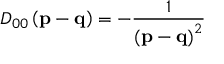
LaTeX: D _ { 0 0 } \left( \mathbf { p - q } \right) = - \frac { 1 } { \left( \mathbf { p - q } \right) ^ { 2 } }